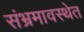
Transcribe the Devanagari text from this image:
संभ्रमावस्थेत